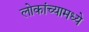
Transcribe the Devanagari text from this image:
लोकांच्यामध्ये